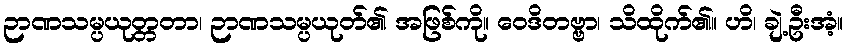
ဉာဏသမ္ပယုတ္တတာ၊ ဉာဏသမ္ပယုတ်၏ အဖြစ်ကို။ ဝေဒိတဗ္ဗာ၊ သိထိုက်၏။ ဟိ၊ ချဲ့ဦးအံ့။